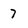
Character: 7